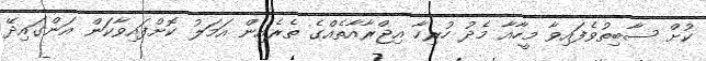
ކުށް ސާބިތުވެފައިވާ މީހާއާ މެދު ހުރިހާ އިޖްރާއާތެއްގެ ތެރެއިން އަމަލު ކޮށްފައިވާކަން އަންގައިދޭ